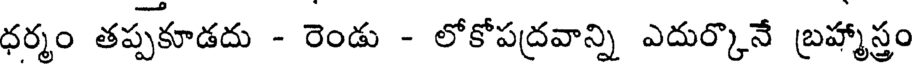
ధర్మం తప్పకూడదు - రెండు - లోకోపద్రవాన్ని ఎదుర్కొనే బ్రహ్మాస్త్రం